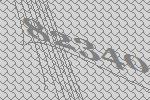
82340